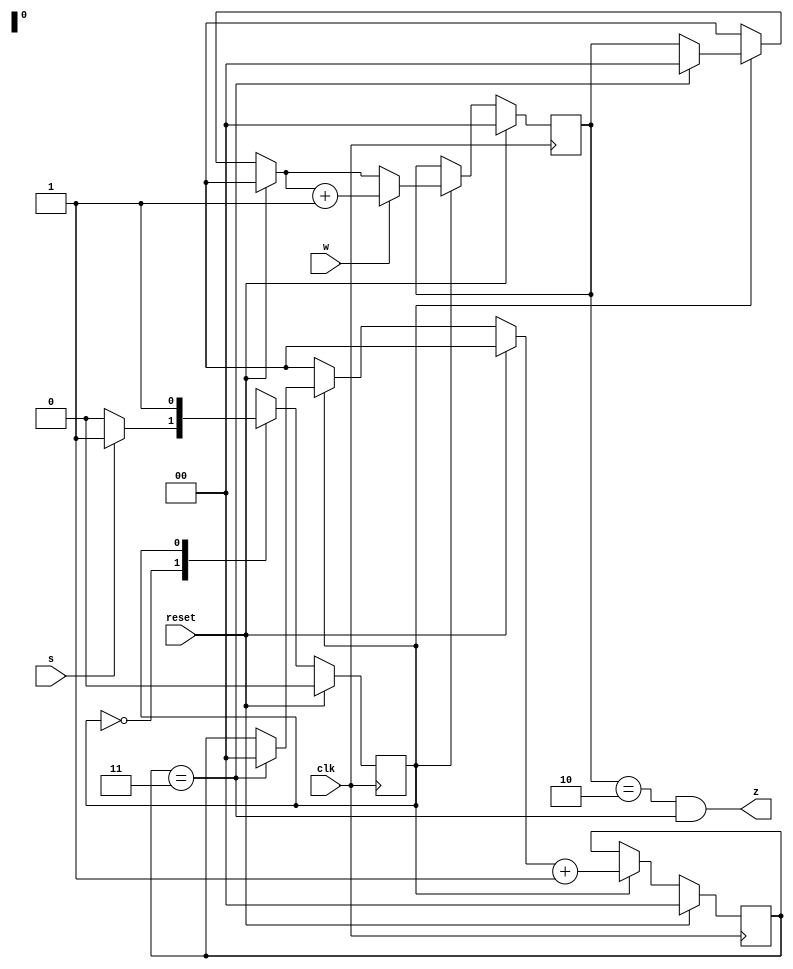
module top_module (
    input clk,
    input reset,   // Synchronous reset
    input s,
    input w,
    output z
);
parameter A = 0, B = 1;

 reg state, next;
    reg [1:0] count;
    reg [1:0] count1;

    always @(*) begin
  		case(state)
   			A : next = (s) ? B : A;
   			B : next = B;
  endcase
 end

 always @(posedge clk) begin
  if (reset) begin
   state <= A;
            count=0;
            count1=0;
  end
  else begin 
      state <= next;
        
        if(state==B)
            begin
                if(count1==3)begin
                    count=0;
                    count1=0;
                end
                if(w==1) count=count+1;
                
                    count1=count1+1;
                
             end
    end
 end    

 

    assign z = ((count == 2) & (count1 == 3) );
endmodule